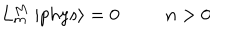
LaTeX: L _ { m } ^ { M } \; | p h y s \rangle = 0 n > 0